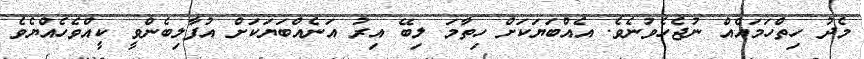
މެދު ހިތްހަމައެއް ނުޖެހެވުނެވެ. އެއްބަޔަކަށް ހިތާމަ ލިބޭ އިރު އަނެއްބަޔަކަށް އުފާލިބެންވީ ކީއްވެހެއްޔެވެ